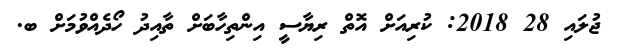
ޖުލައި 28 2018: ކުރިއަށް އޮތް ރިޔާސީ އިންތިހާބަށް ތާއިދު ހޯދެއްވުމަށް ބ.